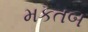
મકતબ